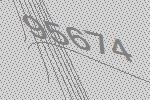
95674